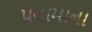
પનામાના